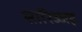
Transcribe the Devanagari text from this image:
सारिज्जइ